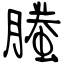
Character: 螣